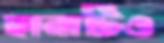
ছানাটিও